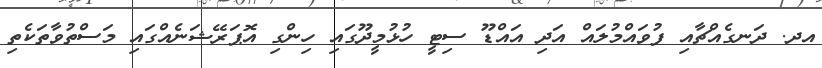
އދ. ދަނގެއްޗާއި ފުވައްމުލައް އަދި އައްޑޫ ސިޓީ ހުޅުމީދޫގައި ހިންގި އޮޕަރޭޝަނެއްގައި މަސްތުވާތަކެތި